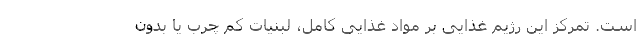
است. تمرکز این رژیم غذایی بر مواد غذایی کامل، لبنیات کم چرب یا بدون